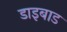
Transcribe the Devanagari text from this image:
डाइबाड